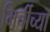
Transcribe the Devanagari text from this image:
मिर्चीच्या